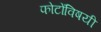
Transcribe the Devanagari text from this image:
फोटोंविषयी